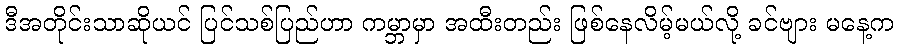
ဒီအတိုင်းသာဆိုယင် ပြင်သစ်ပြည်ဟာ ကမ္ဘာမှာ အထီးတည်း ဖြစ်နေလိမ့်မယ်လို့ ခင်ဗျား မနေ့က